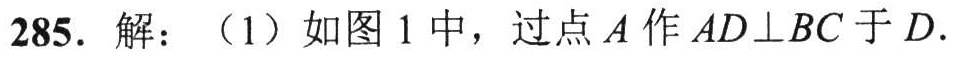
285. 解：（1）如图 1 中，过点 \(A\) 作 \(AD\perp BC\) 于 \(D\).